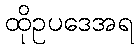
ထိုဥပဒေအရ